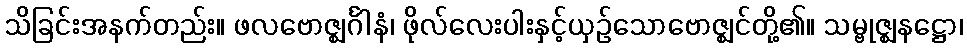
သိခြင်းအနက်တည်း။ ဖလဗောဇ္ဈင်္ဂါနံ၊ ဖိုလ်လေးပါးနှင့်ယှဉ်သောဗောဇ္ဈင်တို့၏။ သမ္ဗုဇ္ဈနဋ္ဌော၊